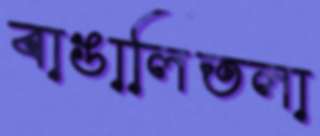
বাঙালিতলা